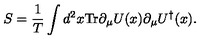
S = { \frac { 1 } { T } } \int d ^ { 2 } x \mathrm { T r } \partial _ { \mu } U ( x ) \partial _ { \mu } U ^ { \dagger } ( x ) .